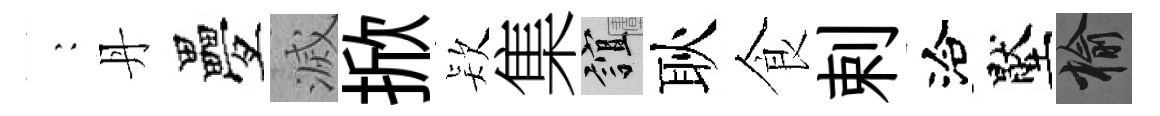
巍丹疊滅掀𣣇集誼耿食剌洽壓榆